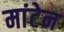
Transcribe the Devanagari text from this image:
मांटेन